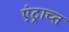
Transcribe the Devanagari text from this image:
एंट्राच्त